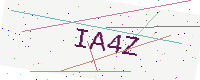
Text: IA4Z